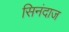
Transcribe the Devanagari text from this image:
सिनंदाज